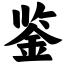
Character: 鉴